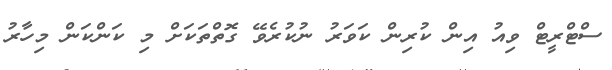
ސްޓްރީޓް ވިއު އިން ކުރިން ކަވަރު ނުކުރެވޭ ގޮތްތަކަށް މި ކަންކަން މިހާރު